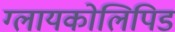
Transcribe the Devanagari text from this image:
ग्लायकोलिपिड